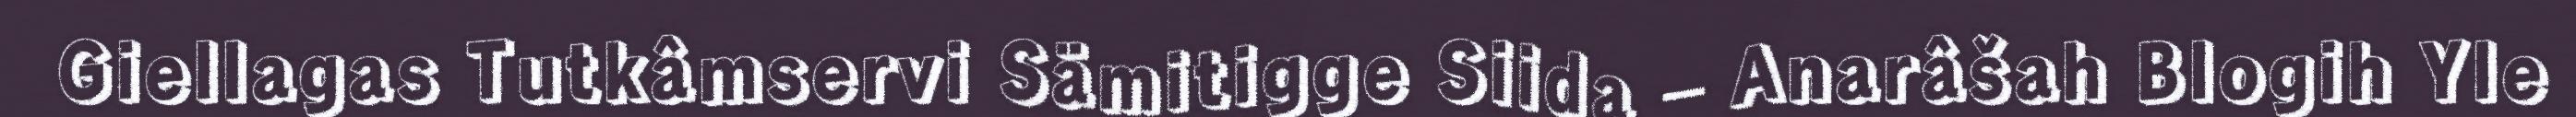
Giellagas Tutkâmservi Sämitigge Siida – Anarâšah Blogih Yle